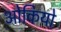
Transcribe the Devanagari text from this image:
ओकियो